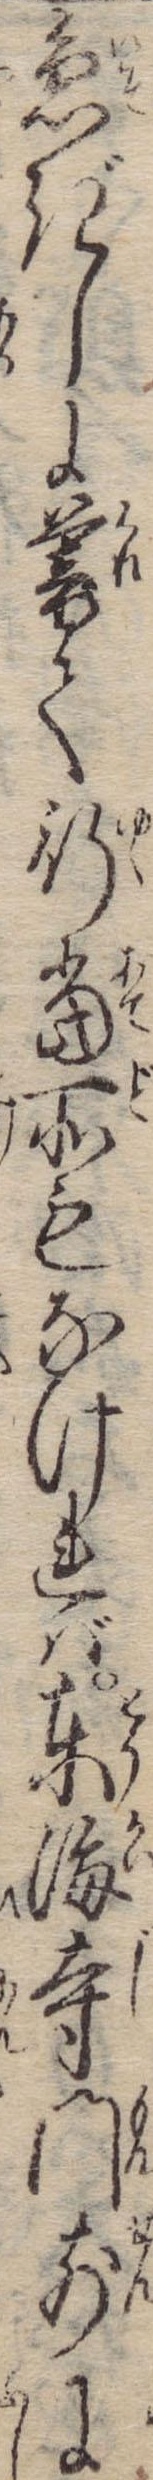
急ぎしに暮て行当所もなければ東海寺門前に